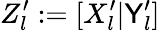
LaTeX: Z_{l}^{\prime}:=[X_{l}^{\prime}|\mathsf{Y}_{l}^{\prime}]